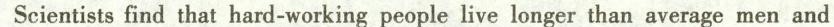
Scientists find that hard-working people live longer than average men and